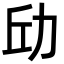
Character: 𪟘